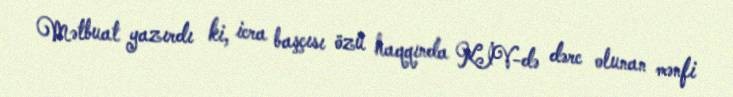
Mətbuat yazırdı ki, icra başçısı özü haqqında KİV-də dərc olunan mənfi